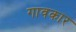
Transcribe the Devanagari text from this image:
गावकार